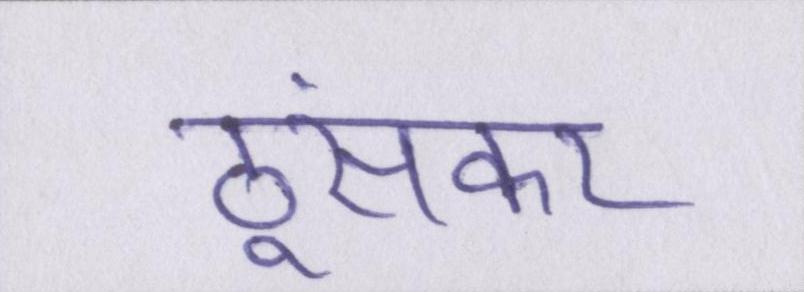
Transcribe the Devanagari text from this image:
ठूंसकर